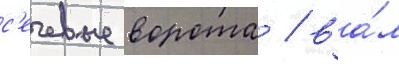
с'ечевые ворота / ва́л